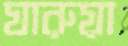
ঘারুয়া